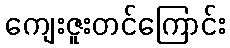
ကျေးဇူးတင်ကြောင်း